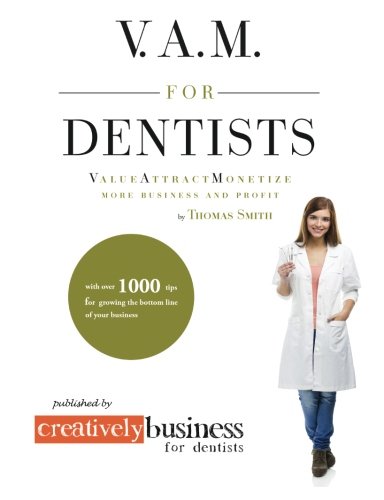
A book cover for V.A.M. for Dentists: Value, Attract, Monetize, More Business and Profits; Thomas Smith; Medical Books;